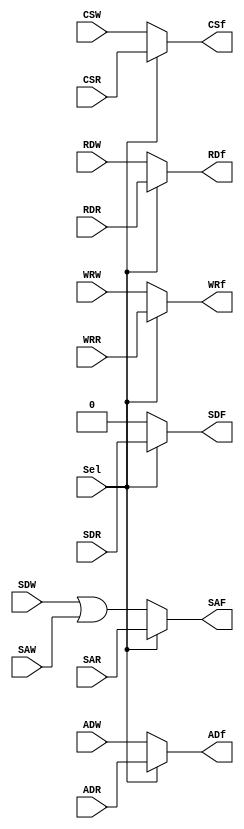
`timescale 1ns / 1ps
//////////////////////////////////////////////////////////////////////////////////
// Company: 
// Engineer: 
// 
// Design Name: 
// Module Name:    Mux_Sig_Control 
// Project Name: 
// Target Devices: 
// Tool versions: 
// Description: 
//
// Dependencies: 
//
// Revision: 
// Revision 0.01 - File Created
// Additional Comments: 
//
//////////////////////////////////////////////////////////////////////////////////
module Mux_Sig_Control( // mux para seleccionar seales de control de lectura o escritura
    input ADR,//lectura
    input ADW,//escritura
    input CSR,//lectura
    input CSW,//escritura
    input RDR,//lectura
    input RDW,//escritura
    input WRR,//lectura
    input WRW,//escritura
    input SDR,//lectura
    input SDW,//escritura
    input SAR,//lectura
    input SAW,//escritura
    output ADf,// seal de control final
    output CSf,// seal de control final
    output RDf,// seal de control final
    output WRf,// seal de control final
    output SDF,SAF,// seal de control final
    input Sel // selector
    );
// basicamente si el selector es 1 entonces asigna seales de lectura, sino de escritura

assign ADf = Sel ? ADR : ADW;
assign CSf = Sel ? CSR : CSW;
assign RDf = Sel ? RDR : RDW;
assign WRf = Sel ? WRR : WRW;
assign SAF = Sel ? SAR : (SDW||SAW);
assign SDF = Sel ? SDR : 1'b0;
endmodule